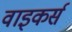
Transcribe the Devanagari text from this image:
वाइकर्स